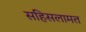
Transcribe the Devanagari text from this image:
सहिसलामत